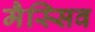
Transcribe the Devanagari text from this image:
मैस्सिव